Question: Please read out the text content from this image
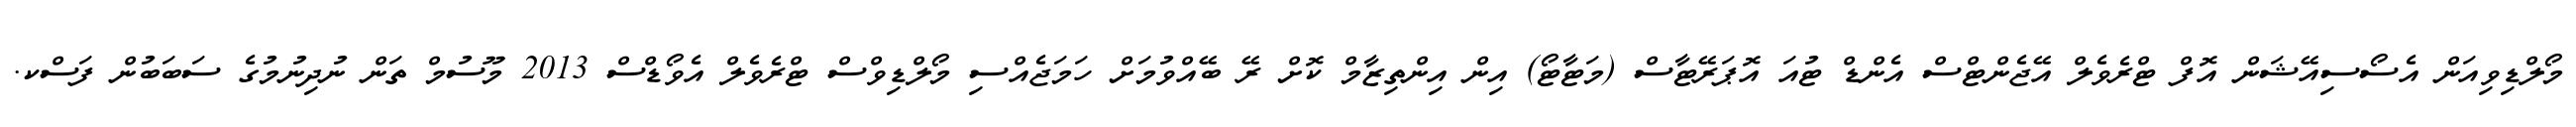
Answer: މޯލްޑިވިއަން އެސޯސިއޭޝަން އޮފް ޓްރެވެލް އޭޖެންޓްސް އެންޑް ޓުއަ އޮޕަރޭޓާސް (މަޓާޓޯ) އިން އިންތިޒާމް ކޮށް ރޭ ބޭއްވުމަށް ހަމަޖެއްސި މޯލްޑިވްސް ޓްރެވެލް އެވޯޑްސް 2013 މޫސުމް ތަން ނުދިނުމުގެ ސަބަބުން ފަސްކ.